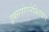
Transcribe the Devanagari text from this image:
इक्सपोएनेन्शियल